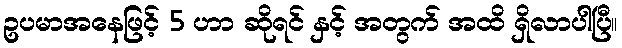
ဥပမာအနေဖြင့် 5 ဟာ ဆိုရင် နှင့် အတွက် အထိ ရှိလာပါပြီ။